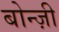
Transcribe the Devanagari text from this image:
बोन्ज़ी